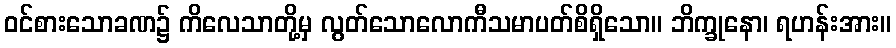
ဝင်စားသောခဏ၌ ကိလေသာတို့မှ လွတ်သောလောကီသမာပတ်စိရှိသော။ ဘိက္ခုနော၊ ရဟန်းအား။